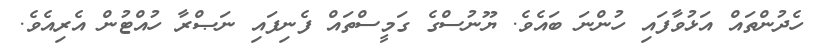
ހެދުންތައް އަޅުވާފައި ހުންނަ ބައެވެ. ޔޫނުސްގެ ގަމީސްތައް ފެނިފައި ނަޞްރާ ހުއްޓުން އެރިއެވެ.